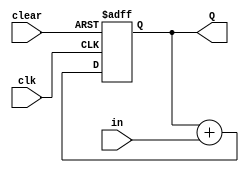
module Four_Bit_Unsigned_Up_Accumulator(Q, in, clk, clear);
	
	output [3:0]Q;
	input clk, clear;
	input [3:0]in;
	reg [3:0]Q;
	
	always @(posedge clk or posedge clear)
		begin
			if(clear)
				Q <= 1'b0;
			else
				Q <= Q + in;
		end

endmodule